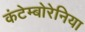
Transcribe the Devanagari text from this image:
कंटेम्बोरेनिया